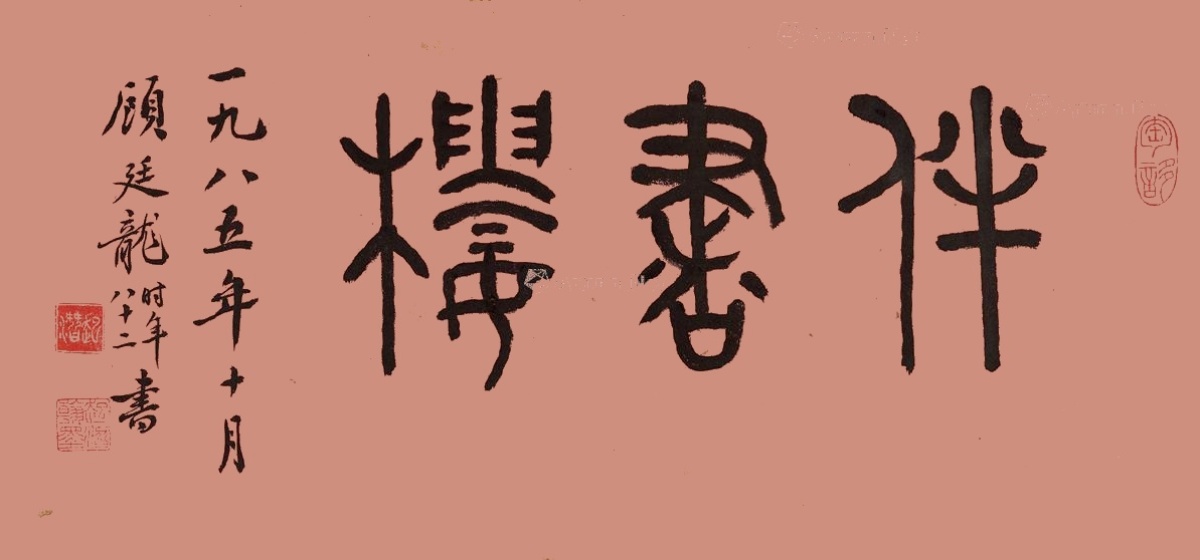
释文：伴书楼。一九八五年十月，顾廷龙时年八十二书。